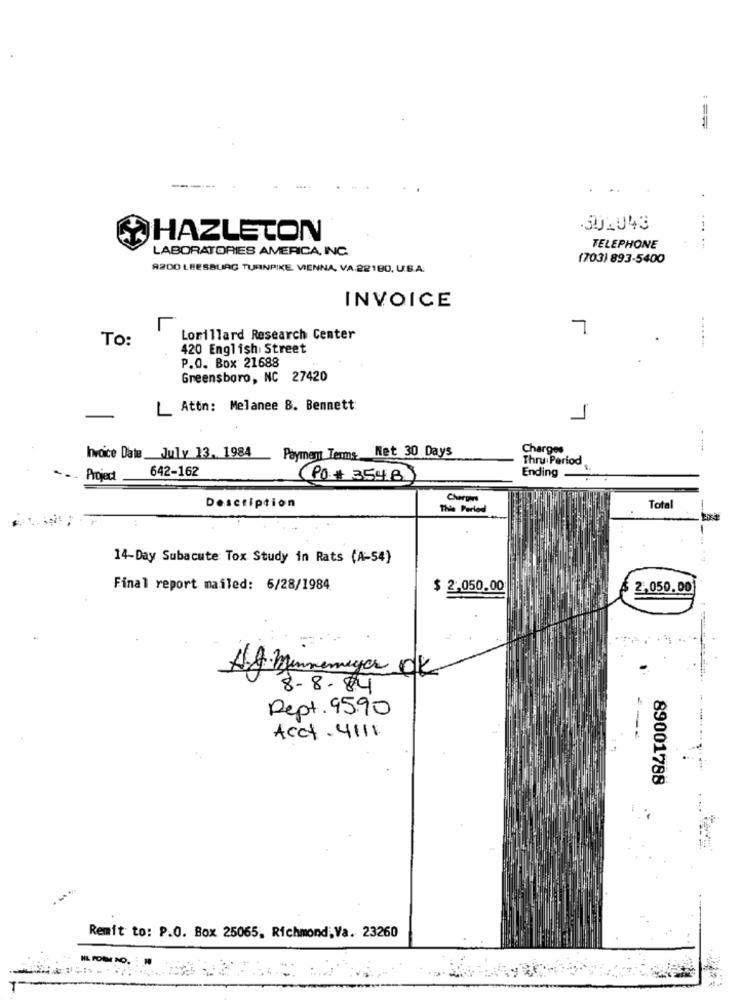
:==
302043
HAZLETON
LABORATORIES AMERICA, INC.
TELEPHONE
(703) 893-5400
9200 LEESBURG TURNPIKE VIENNA, VA.22180, U.S.A.
INVOICE
7
To:
Lorillard Research Center
420 English Street
.......
P.O. Box 21688
Greensboro, NC 27420
Attn: Melanee 8. Bennett
1
Paymem Terms Net 30 Days
Charges
---
Invoice Date_July 13, 1984
Thru Period
642-162
Project
PO. # 3548
Ending
Description
Chargers
This Period
Total
-
14-Day Subacute Tox Study in Rats (A-54)
Final report mailed: 6/28/1984
$ 2.050.00
2,050.00
Ag Minnemeye OK
8-8-84
Dept. 9590
Acct . 4111
89001788
Remit to: P.O. Box 25065, Richmond, Va. 23260
HL POMM NO.